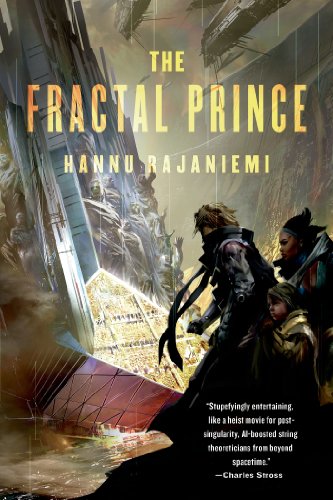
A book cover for The Fractal Prince (Jean le Flambeur); Hannu Rajaniemi; Science Fiction & Fantasy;